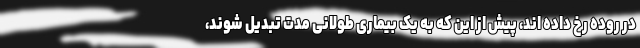
در روده رخ داده اند، پیش از این که به یک بیماری طولانی مدت تبدیل شوند،